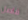
فاصل